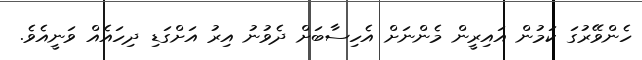
ހެންވޭރުގަ ކަމުން އައިރީން މެންނަށް އެހިސާބަށް ދެވުނު އިރު އަށްގަޑި ދިހައެއް ވަނީއެވެ.